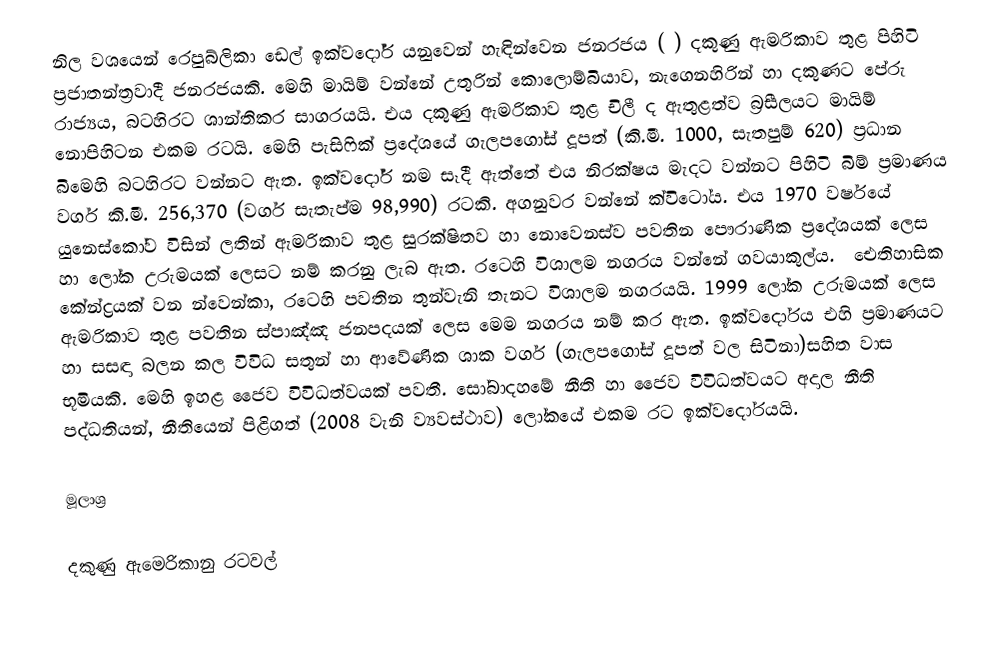
නිල වශයෙන් රෙපුබ්ලිකා ඩෙල් ඉක්වදෝර් යනුවෙන් හැඳින්වෙන ජනරජය  ( ) දකුණු ඇමරිකාව තුළ පිහිටි ප්‍රජාතන්ත්‍රවාදී ජනරජයකි. මෙහි මායිම් වන්නේ උතුරින් කොලොම්බියාව, නැගෙනහිරින් හා දකුණට පේරු රාජ්‍යය, බටහිරට ශාන්තිකර සාගරයයි. එය දකුණු ඇමරිකාව තුළ චිලී ද ඇතුළත්ව බ්‍රසීලයට මායිම් නොපිහිටන එකම රටයි. මෙහි පැසිෆික් ප්‍රදේශයේ ගැලපගෝස්  දූපත් (කි.මී. 1000, සැතපුම් 620) ප්‍රධාන බිමෙහි බටහිරට වන්නට ඇත. ඉක්වදෝර් නම සෑදී ඇත්තේ එය නිරක්ෂය මැදට වන්නට පිහිටි බිම් ප්‍රමාණය වර්ග කි.මී. 256,370 (වර්ග සැතැප්ම 98,990) රටකි. අගනුවර වන්නේ ක්විටෝය. එය 1970 වර්ෂයේ යුනෙස්කෝව විසින් ලතින් ඇමරිකාව තුළ සුරක්ෂිතව හා නොවෙනස්ව පවතින පෞරාණික ප්‍රදේශයක් ලෙස හා ලෝක උරුමයක් ලෙසට නම් කරනු ලැබ ඇත. රටෙහි විශාලම නගරය වන්නේ ගවයාකුල්ය. ‍‍ ඓතිහාසික කේන්ද්‍රයක් වන ‍න්වෙන්කා, රටෙහි පවතින තුන්වැනි තැනට විශාලම නගරයයි. 1999 ලෝක උරුමයක් ලෙස ඇමරිකාව තුළ පවතින ස්පාඤ්ඤ ජනපදයක් ලෙස  මෙම නගරය නම් කර ඇත. ඉක්වදෝරය එහි ප්‍රමාණයට හා සසඳා බලන කල විවිධ සතුන් හා ආවේණික ශාක වර්ග (ගැලපගෝස් දූපත් වල සිටිනා)සහිත වාස භූමියකි. මෙහි ඉහළ ජෛව විවිධත්වයක් පවතී. සෝබාදහමේ නීති හා ජෛව විවිධත්වයට අදාල  නීති පද්ධතියන්, නීතියෙන් පිළිගත් (2008 වැනි ව්‍යවස්ථාව) ලෝකයේ එකම රට ඉක්වදෝරයයි.

මූලාශ්‍ර

දකුණු ඇමෙරිකානු රටවල්